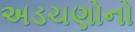
અડચણોનો